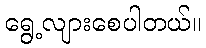
ရွေ့လျားစေပါတယ်။